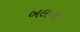
બલાળા